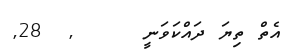
އެތް ތިޔަ ދައްކަވަނީ